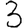
Digit: 3